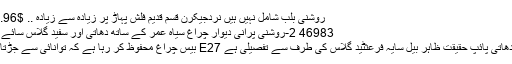
روشنی بلب شامل نہیں ہیں نردجیکرن قسم قدیم فلش پہاڑ پر زیادہ سے زیادہ .. $109.96
46983 2-روشنی پرانی دیوار چراغ سیاہ عمر کے ساتھ دھاتی اور سفید گلاس سائے ظاہر
سیاہ دھاتی پائپ حقیقت ظاہر بیل سایہ فرعثٹید گلاس کی طرف سے تفصیلی ہے E27 بیس چراغ محفوظ کر رہا ہے کہ توانائی سے جڑتا ہے ۔